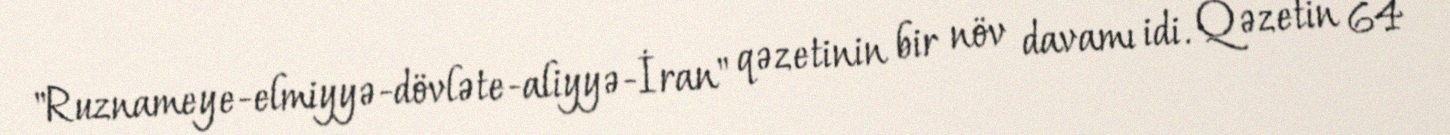
"Ruznameye-elmiyyə-dövləte-aliyyə-İran" qəzetinin bir növ davamı idi. Qəzetin 64